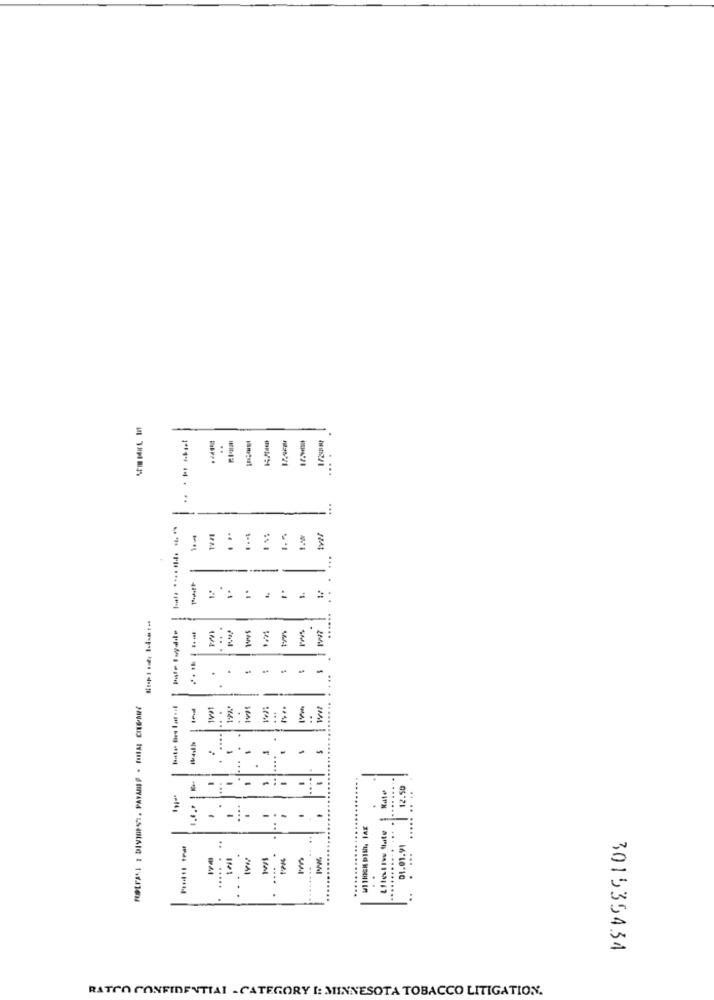
I
. ...
:
!
.. .
..
.
....
...
.
.
-
-
...
....
12.50
-- -- -
..
...
-
.. .. ....
01.01.91
..........
301535434
RATIO CONFIDENTIAL - CATEGORY I: MINNESOTA TOBACCO LITIGATION.